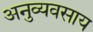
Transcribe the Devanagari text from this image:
अनुव्यवसाय